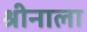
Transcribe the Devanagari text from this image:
श्रीनाला